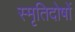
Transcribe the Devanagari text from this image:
स्मृतिदोषों